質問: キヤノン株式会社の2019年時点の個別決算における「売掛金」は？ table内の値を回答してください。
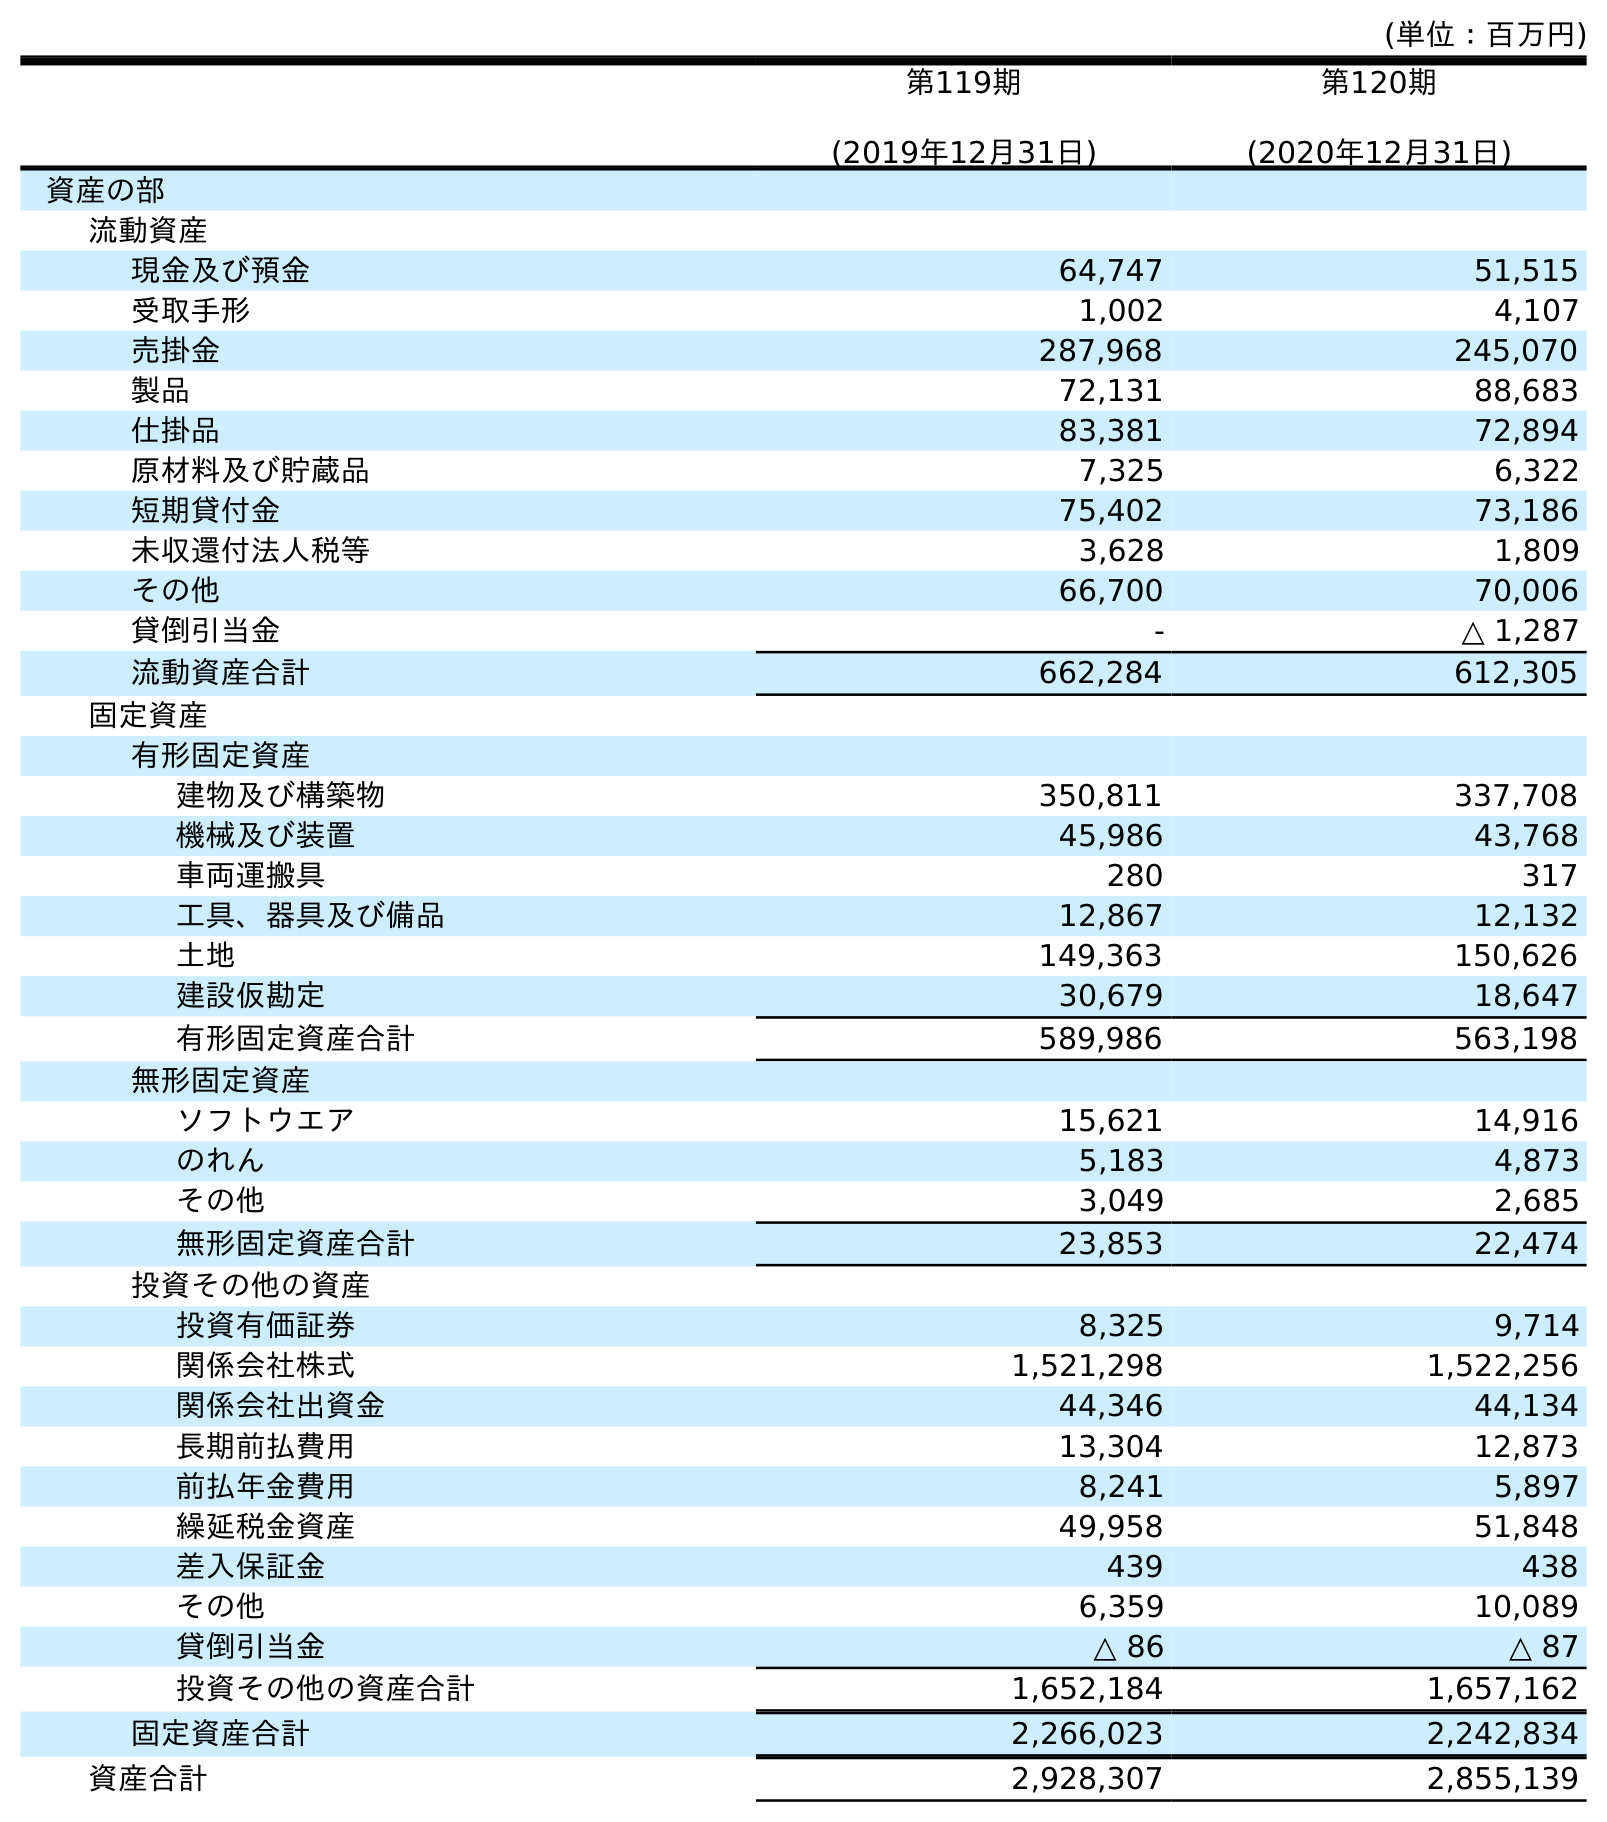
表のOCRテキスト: (単位：百万円) 第119期 (2019年12月31日) 第120期 (2020年12月31日) 資産の部 流動資産 現金及び預金 64,747 51,515 受取手形 1,002 4,107 売掛金 287,968 245,070 製品 72,131 88,683 仕掛品 83,381 72,894 原材料及び貯蔵品 7,325 6,322 短期貸付金 75,402 73,186 未収還付法人税等 3,628 1,809 その他 66,700 70,006 貸倒引当金 - △ 1,287 流動資産合計 662,284 612,305 固定資産 有形固定資産 建物及び構築物 350,811 337,708 機械及び装置 45,986 43,768 車両運搬具 280 317 工具、器具及び備品 12,867 12,132 土地 149,363 150,626 建設仮勘定 30,679 18,647 有形固定資産合計 589,986 563,198 無形固定資産 ソフトウエア 15,621 14,916 のれん 5,183 4,873 その他 3,049 2,685 無形固定資産合計 23,853 22,474 投資その他の資産 投資有価証券 8,325 9,714 関係会社株式 1,521,298 1,522,256 関係会社出資金 44,346 44,134 長期前払費用 13,304 12,873 前払年金費用 8,241 5,897 繰延税金資産 49,958 51,848 差入保証金 439 438 その他 6,359 10,089 貸倒引当金 △ 86 △ 87 投資その他の資産合計 1,652,184 1,657,162 固定資産合計 2,266,023 2,242,834 資産合計 2,928,307 2,855,139
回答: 287,968